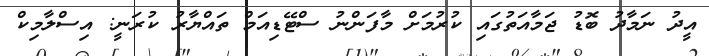
އީދު ނަމާދު ބޮޑު ޖަމާއަތުގައި ކުރުމަށް މާފަންނު ސްޓޭޑިއަމް ތައްޔާރު ކުރަނީ: އިސްލާމިކް